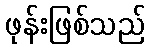
ဖုန်းဖြစ်သည်